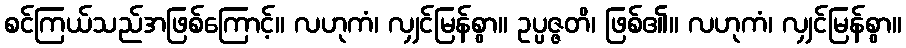
စင်ကြယ်သည်အဖြစ်ကြောင့်။ လဟုကံ၊ လျှင်မြန်စွာ။ ဥပ္ပဇ္ဇတိ၊ ဖြစ်၏။ လဟုကံ၊ လျှင်မြန်စွာ။